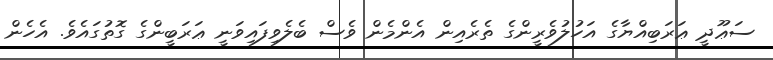
ސަޢޫދީ ޢަރަބިއްޔާގެ އަހުލުވެރީންގެ ތެރެއިން އެންމެން ވެސް ބެލެވިފައިވަނީ ޢަރަބީންގެ ގޮތުގައެވެ. އެހެން